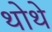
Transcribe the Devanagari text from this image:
थोथे